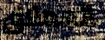
العملاق